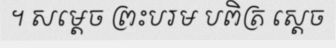
។ សម្តេច ព្រះបរម បពិត្រ ស្តេច